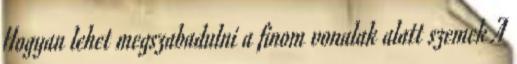
Hogyan lehet megszabadulni a finom vonalak alatt szemek A